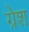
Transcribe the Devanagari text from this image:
ग्रेश